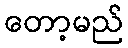
တော့မည်